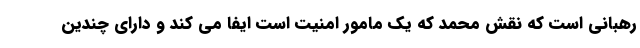
رهبانی است که نقش محمد که یک مامور امنیت است ایفا می کند و دارای چندین